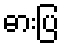
ဓားပြ